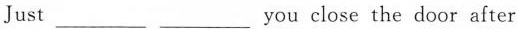
Just ___ ___ you close the door after